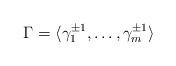
LaTeX: \begin{align*} \Gamma = \langle \gamma_1^{\pm 1},\ldots, \gamma_m^{\pm1}\rangle\end{align*}